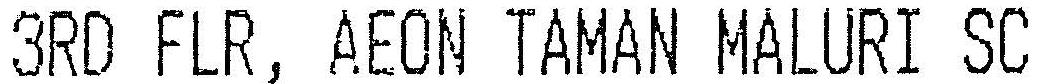
3RD FLR, AEON TAMAN MALURI SC